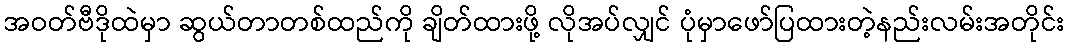
အဝတ်ဗီဒိုထဲမှာ ဆွယ်တာတစ်ထည်ကို ချိတ်ထားဖို့ လိုအပ်လျှင် ပုံမှာဖော်ပြထားတဲ့နည်းလမ်းအတိုင်း